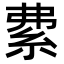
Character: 𥿏